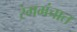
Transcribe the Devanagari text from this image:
रंगमंचात